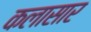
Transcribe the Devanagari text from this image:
कलासार